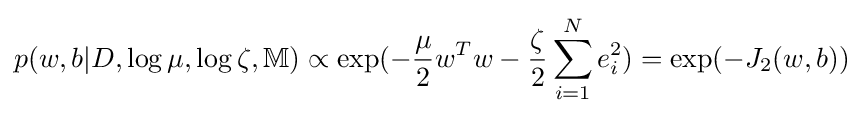
p(w,b|D,\log \mu ,\log \zeta ,\mathbb {M} )\propto \exp(-{\frac {\mu }{2}}w^{T}w-{\frac {\zeta }{2}}\sum \limits _{i=1}^{N}{e_{i}^{2}})=\exp(-J_{2}(w,b))